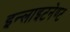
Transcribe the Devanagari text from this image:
इन्लाइटनेण्ट